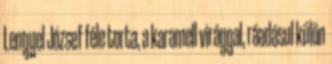
Lengyel József féle torta, a karamell virággal, ráadásul külön